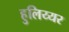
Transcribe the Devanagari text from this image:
हुलिय्यर